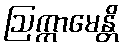
ဩက္ကာမေန္တိ